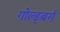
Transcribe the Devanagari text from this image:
गोल्ड्बर्ग